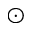
\odot